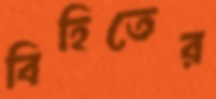
বিহিতের